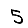
Digit: 5